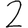
Digit: 2